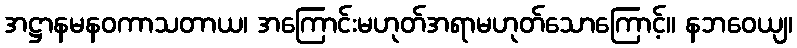
အဋ္ဌာနမနဝကာသတာယ၊ အကြောင်းမဟုတ်အရာမဟုတ်သောကြောင့်။ နဘဝေယျ၊